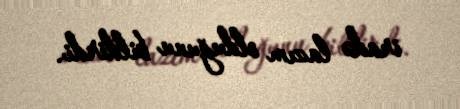
iradə lazım olduğunu bildirdi.